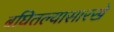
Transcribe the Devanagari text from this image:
बघितल्यासारखे